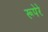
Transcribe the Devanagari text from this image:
रूपेरे